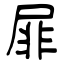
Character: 屝